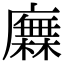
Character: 𢋰